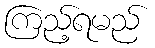
ကြည့်ရမည်